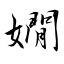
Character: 嫺